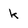
Character: k